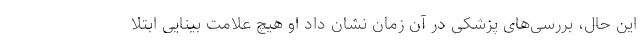
این حال، بررسی‌های پزشکی در آن زمان نشان داد او هیچ علامت بینایی ابتلا